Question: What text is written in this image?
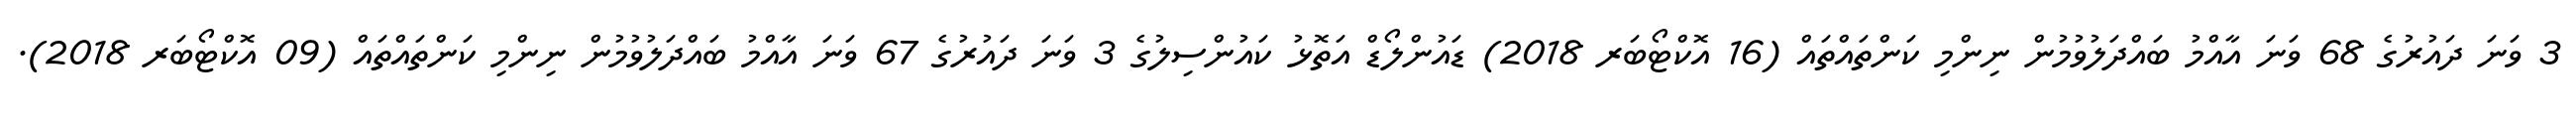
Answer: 3 ވަނަ ދައުރުގެ 68 ވަނަ އާއްމު ބައްދަލުވުމުން ނިންމި ކަންތައްތައް (16 އޮކްޓޯބަރ 2018) ޑައުންލޯޑް އަތޮޅު ކައުންސިލުގެ 3 ވަނަ ދައުރުގެ 67 ވަނަ އާއްމު ބައްދަލުވުމުން ނިންމި ކަންތައްތައް (09 އޮކްޓޯބަރ 2018).